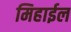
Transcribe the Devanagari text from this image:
मिहाईल